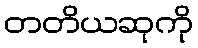
တတိယဆုကို